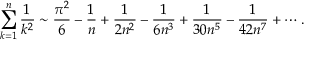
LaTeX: \sum _ { k = 1 } ^ { n } { \frac { 1 } { k ^ { 2 } } } \sim { \frac { \pi ^ { 2 } } { 6 } } - { \frac { 1 } { n } } + { \frac { 1 } { 2 n ^ { 2 } } } - { \frac { 1 } { 6 n ^ { 3 } } } + { \frac { 1 } { 3 0 n ^ { 5 } } } - { \frac { 1 } { 4 2 n ^ { 7 } } } + \cdots .